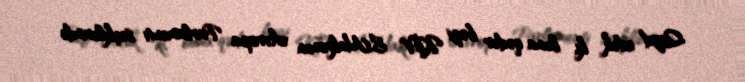
Qeyd edək ki, buna qədər bəzi KİV E.Makronun Avropa Parlamenti seçkilərində